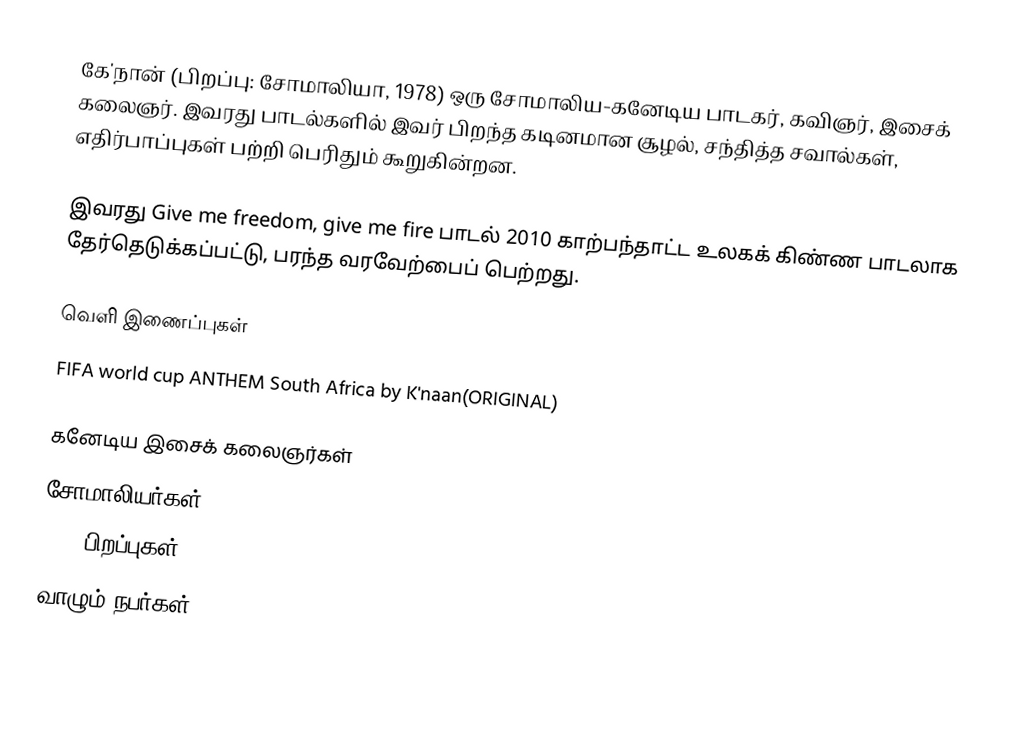
கே'நான் (பிறப்பு: சோமாலியா, 1978) ஒரு சோமாலிய-கனேடிய பாடகர், கவிஞர், இசைக் கலைஞர். இவரது பாடல்களில் இவர் பிறந்த கடினமான சூழல், சந்தித்த சவால்கள், எதிர்பாப்புகள் பற்றி பெரிதும் கூறுகின்றன.

இவரது Give me freedom, give me fire பாடல் 2010 காற்பந்தாட்ட உலகக் கிண்ண பாடலாக தேர்தெடுக்கப்பட்டு, பரந்த வரவேற்பைப் பெற்றது.

வெளி இணைப்புகள்
 FIFA world cup ANTHEM South Africa by K'naan(ORIGINAL)

கனேடிய இசைக் கலைஞர்கள்
சோமாலியர்கள்
1978 பிறப்புகள்
வாழும் நபர்கள்